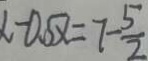
- 0 . 5 x = 7 - \frac { 5 } { 2 }